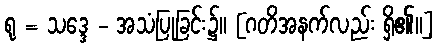
ရု = သဒ္ဒေ - အသံပြုခြင်း၌။ [ဂတိအနက်လည်း ရှိ၏။]